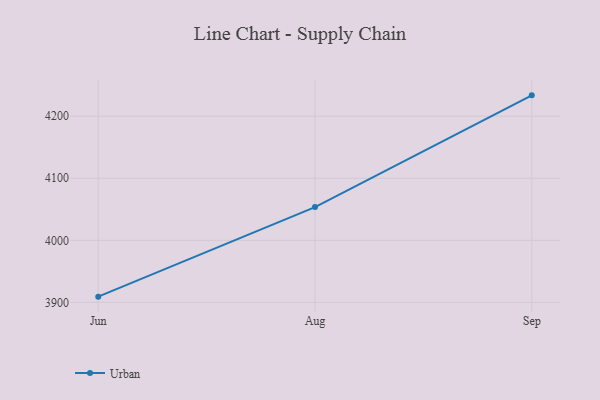
{"axis": {"x": "Month", "y": "Tickets Resolved"}, "legend": ["Urban"], "data": [{"x": "Jun", "y": 3909.3, "type": "Urban"}, {"x": "Aug", "y": 4053.6, "type": "Urban"}, {"x": "Sep", "y": 4233.5, "type": "Urban"}]}